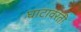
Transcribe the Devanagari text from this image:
घाटावरती